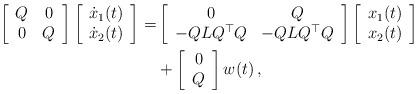
LaTeX: \begin{align*}\left[\begin{array}{cc}Q & 0\\0 & Q\end{array}\right]\left[\begin{array}{c}\dot{x}_1(t)\\\dot{x}_2(t)\end{array}\right]=&\left[\begin{array}{cc}0 & Q\\-QLQ^{\top}Q & -QLQ^{\top}Q\end{array}\right]\left[\begin{array}{c}x_1(t)\\x_2(t)\end{array}\right]\\&+\left[\begin{array}{c}0\\Q\end{array}\right]w(t)\,,\end{align*}